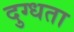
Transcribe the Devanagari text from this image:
दुग्धता